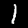
Digit: 1